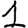
Digit: 1